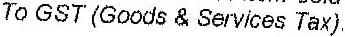
TO GST (GOODS & SERVICES TAX)